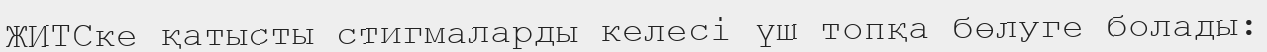
ЖИТСке қатысты стигмаларды келесі үш топқа бөлуге болады: